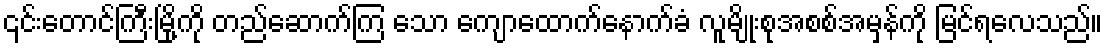
၎င်းတောင်ကြီးမြို့ကို တည်ဆောက်ကြ သော ကျောထောက်နောက်ခံ လူမျိုးစုအစစ်အမှန်ကို မြင်ရလေသည်။